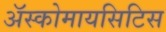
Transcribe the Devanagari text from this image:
अॅस्कोमायसिटिस